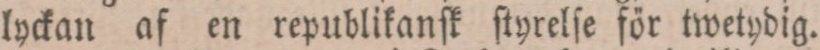
lyckan af en republikanſk ſtyrelſe för twetydig.